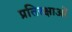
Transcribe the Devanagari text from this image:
प्रतिरक्षाओं